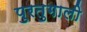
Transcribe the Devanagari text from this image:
पुरतुगाली